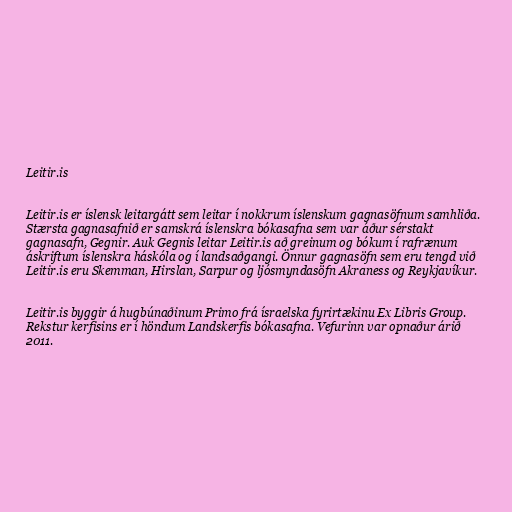
Leitir.is

Leitir.is er íslensk leitargátt sem leitar í nokkrum íslenskum gagnasöfnum samhliða.
Stærsta gagnasafnið er samskrá íslenskra bókasafna sem var áður sérstakt
gagnasafn, Gegnir. Auk Gegnis leitar Leitir.is að greinum og bókum í rafrænum
áskriftum íslenskra háskóla og í landsaðgangi. Önnur gagnasöfn sem eru tengd við
Leitir.is eru Skemman, Hirslan, Sarpur og ljósmyndasöfn Akraness og Reykjavíkur.

Leitir.is byggir á hugbúnaðinum Primo frá ísraelska fyrirtækinu Ex Libris Group.
Rekstur kerfisins er í höndum Landskerfis bókasafna. Vefurinn var opnaður árið
2011.